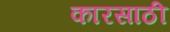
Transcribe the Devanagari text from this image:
कारसाठी